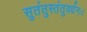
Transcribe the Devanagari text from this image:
सुतंतुस्तंतुवर्धनः।